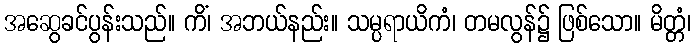
အဆွေခင်ပွန်းသည်။ ကိံ၊ အဘယ်နည်း။ သမ္ပရာယိကံ၊ တမလွန်၌ ဖြစ်သော။ မိတ္တံ၊